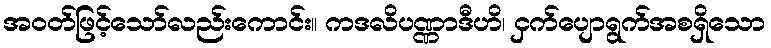
အဝတ်ဖြင့်သော်လည်းကောင်း။ ကဒလိပဏ္ဏာဒီဟိ၊ ငှက်ပျောရွက်အစရှိသော